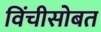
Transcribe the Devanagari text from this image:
विंचीसोबत